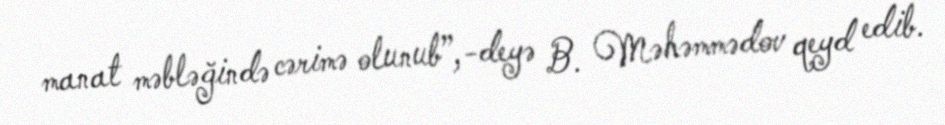
manat məbləğində cərimə olunub”,-deyə B. Məhəmmədov qeyd edib.